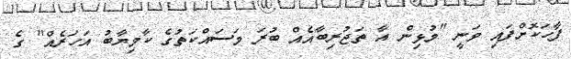
ފާހަކޮށްފައި ވަނީ "މުޅިން އާ ތަޖުރިބާއެއް ބުރަ މަސައްކަތުގެ ކާމިޔާބު އަހަރެއް" ގެ